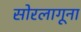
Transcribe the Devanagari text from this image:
सोरलागूना